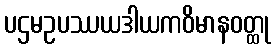
ပဌမဥပဿယဒါယကဝိမာနဝတ္ထု